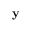
\mathbf { y }